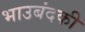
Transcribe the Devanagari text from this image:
भाउबंदकी